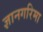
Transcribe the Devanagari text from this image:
ज्ञानगरिमा